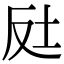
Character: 𡊃